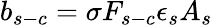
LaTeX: b_{s-c}=\sigma F_{s-c}\epsilon_{s}A_{s}